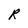
Character: R